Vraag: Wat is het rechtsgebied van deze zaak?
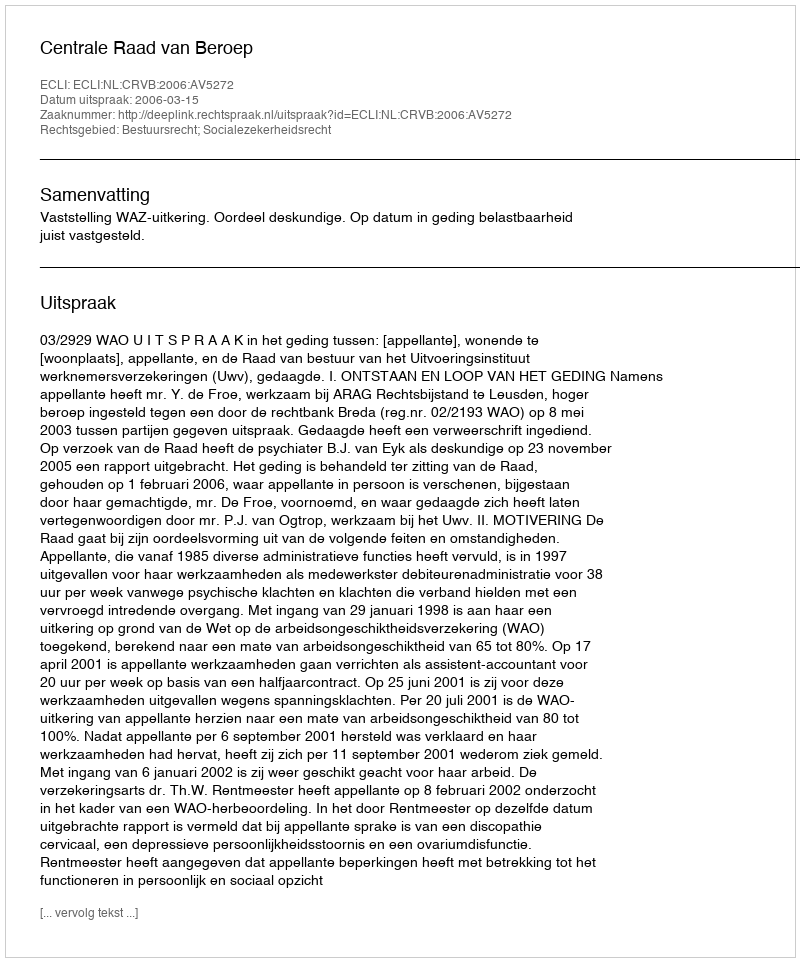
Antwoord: Bestuursrecht; Socialezekerheidsrecht